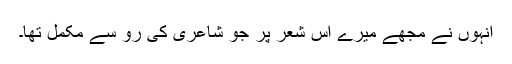
انہوں نے مجھے میرے اِس شعر پر جو شاعری کی رُو سے مکمل تھا۔